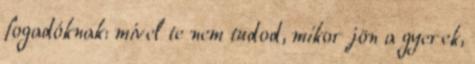
fogadóknak: mivel te nem tudod, mikor jön a gyerek,